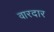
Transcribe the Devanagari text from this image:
वारदार